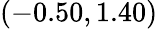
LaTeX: (-0.50,1.40)